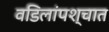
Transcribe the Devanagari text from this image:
वडिलांपश्चात